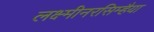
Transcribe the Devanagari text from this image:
लक्ष्मीनरसिम्हैया